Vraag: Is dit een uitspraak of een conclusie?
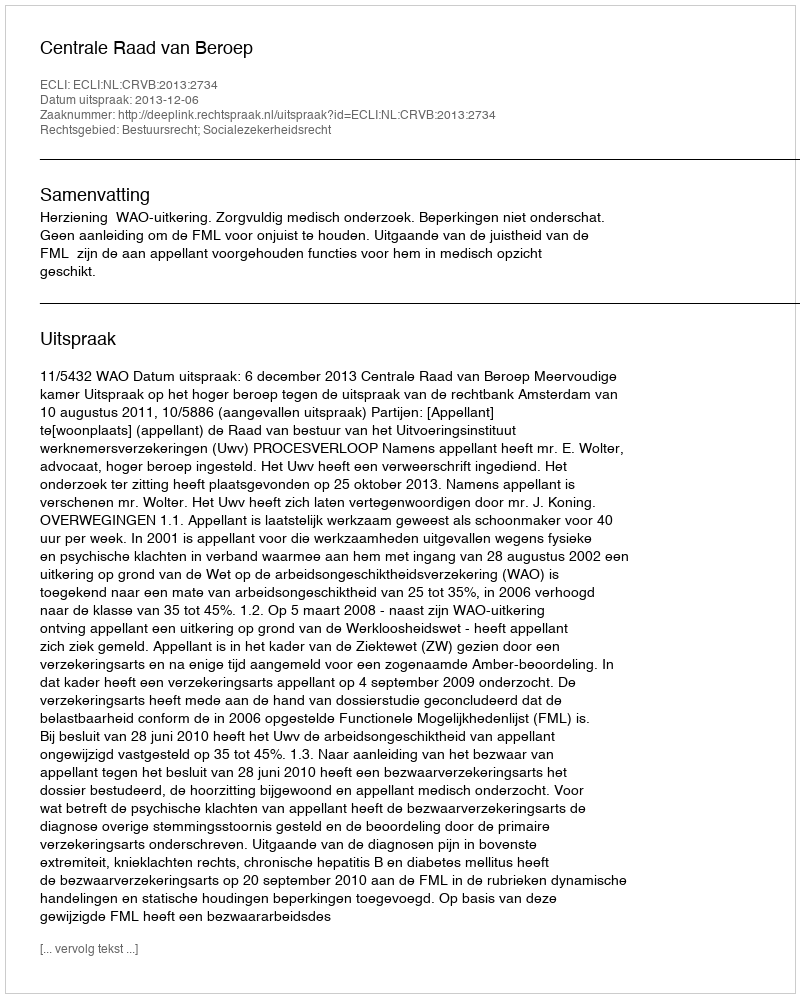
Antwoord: Uitspraak